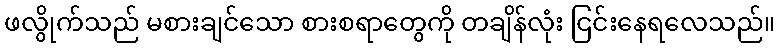
ဖလွိုက်သည် မစားချင်သော စားစရာတွေကို တချိန်လုံး ငြင်းနေရလေသည်။